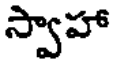
స్వాహా